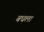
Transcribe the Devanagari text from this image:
बधला